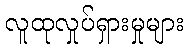
လူထုလှုပ်ရှားမှုများ